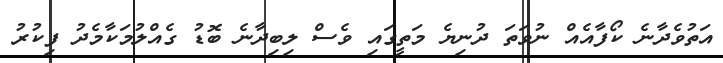
އަތުވެދާނެ ކޯފާއެއް ނުވަތަ ދުނިޔެ މަތީގައި ވެސް ލިބިދާނެ ބޮޑު ގެއްލުމަކާމެދު ފިކުރު